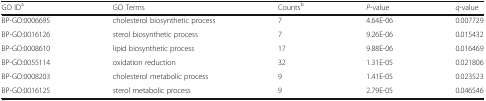
<table><thead><tr><td><b>GO ID<sup>a</sup></b></td><td><b>GO Terms</b></td><td><b>Counts<sup>b</sup></b></td><td><b><i>P</i>-value</b></td><td><b><i>q</i>-value</b></td></tr></thead><tbody><tr><td>BP-GO:0006695</td><td>cholesterol biosynthetic process</td><td>7</td><td>4.64E-06</td><td>0.007729</td></tr><tr><td>BP-GO:0016126</td><td>sterol biosynthetic process</td><td>7</td><td>9.26E-06</td><td>0.015432</td></tr><tr><td>BP-GO:0008610</td><td>lipid biosynthetic process</td><td>17</td><td>9.88E-06</td><td>0.016469</td></tr><tr><td>BP-GO:0055114</td><td>oxidation reduction</td><td>32</td><td>1.31E-05</td><td>0.021806</td></tr><tr><td>BP-GO:0008203</td><td>cholesterol metabolic process</td><td>9</td><td>1.41E-05</td><td>0.023523</td></tr><tr><td>BP-GO:0016125</td><td>sterol metabolic process</td><td>9</td><td>2.79E-05</td><td>0.046546</td></tr></tbody></table>